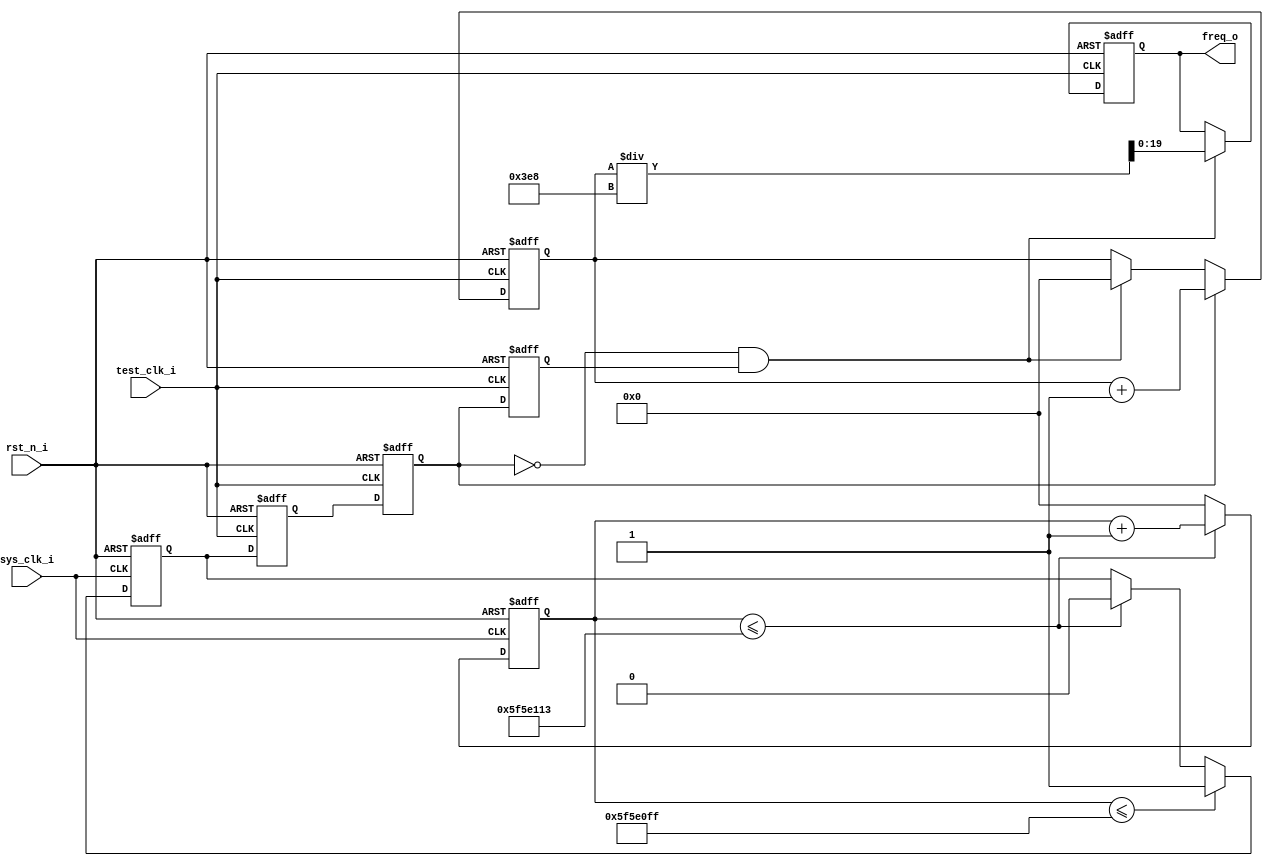
module fre_measure
#(
    parameter                           SYS_CLK_FRE = 'd100_000_000 
)
(
    input                               sys_clk_i                  ,
    input                               rst_n_i                    ,
    input                               test_clk_i                 ,
    output reg         [  19:0]         freq_o                      
);
wire                                    calu_flag                  ;
	
reg                    [  28:0]         clk_cnt                    ;
reg                    [  28:0]         fre_cnt                    ;
reg                                     gate                       ;
reg                                     gate1,gate2,gate3          ;

localparam                              GATE_LOW = 'd20            ;

assign    calu_flag = ~gate2&gate3;

always@(posedge sys_clk_i or negedge rst_n_i)begin
    if(!rst_n_i)
        clk_cnt<='d0;
    else if(clk_cnt<=SYS_CLK_FRE+GATE_LOW-1'b1)
        clk_cnt<=clk_cnt+'d1;
    else
        clk_cnt<='d0;
end

always@(posedge sys_clk_i or negedge rst_n_i)begin
    if(!rst_n_i)
        gate<='d0;
    else if(clk_cnt<=SYS_CLK_FRE-1'b1)
        gate<='d1;
    else if(clk_cnt<=SYS_CLK_FRE+GATE_LOW-1'b1)
        gate<='d0;
end

always@(posedge test_clk_i or negedge rst_n_i)begin
    if(!rst_n_i)begin
        gate1<='d0;
        gate2<='d0;
        gate3<='d0;
    end
    else begin
        gate1<=gate;
        gate2<=gate1;
        gate3<=gate2;
    end
end

always@(posedge test_clk_i or negedge rst_n_i)begin
    if(!rst_n_i)
        fre_cnt<='d0;
    else if(gate2)
        fre_cnt<=fre_cnt+'d1;
    else if(calu_flag)
        fre_cnt<='d0;
    else
        fre_cnt<=fre_cnt;
end

always@(posedge test_clk_i or negedge rst_n_i)begin
    if(!rst_n_i)
        freq_o<='d0;
    else if(calu_flag)
        freq_o<=fre_cnt/'d1_000;
    else
        freq_o<=freq_o;
end

endmodule

/*

//
fre_measure # (
    .SYS_CLK_FRE                       (SYS_CLK_FRE               ) 
  )
  fre_measure_inst (
    .sys_clk_i                         (sys_clk_i                 ),
    .rst_n_i                           (rst_n_i                   ),
    .test_clk_i                        (test_clk_i                ),//
    .freq_o                            (freq_o                    ) //
  );

*/